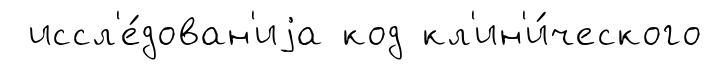
иссл'е́дован'иjа код кл'ин'и́ческого